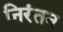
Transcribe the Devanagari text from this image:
निरंतन